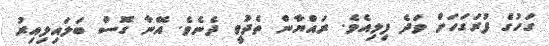
ގަހުގެ ފުރަގަހަށް ވަދެ ފިލިއެވެ. ރައްޔާން ތެދުވީ ދެނެވެ. އޭނާ ގޮސް ބަލައިލިއިރު